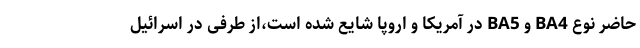
حاضر نوع BA4 و BA5 در آمریکا و اروپا شایع شده است،‌از طرفی در اسرائیل